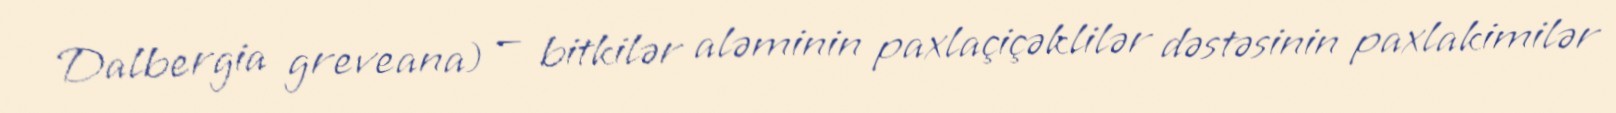
Dalbergia greveana) — bitkilər aləminin paxlaçiçəklilər dəstəsinin paxlakimilər